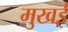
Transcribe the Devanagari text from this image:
मुखई